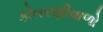
કોતરણીવાળો